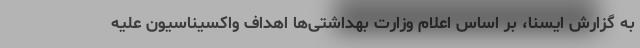
به گزارش ایسنا، بر اساس اعلام وزارت بهداشتی‌ها اهداف واکسیناسیون علیه